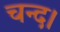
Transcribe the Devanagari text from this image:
चन्‍द।